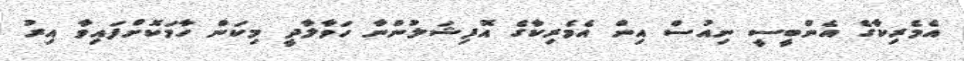
އެމެރިކާގެ އެންބީސީ ނިއުސް އިން އެމެރިކާގެ އޮފިޝަލުންނާ ހަވާލާދީ މިކަން ހާމަކޮށްފައިވާ އިރު